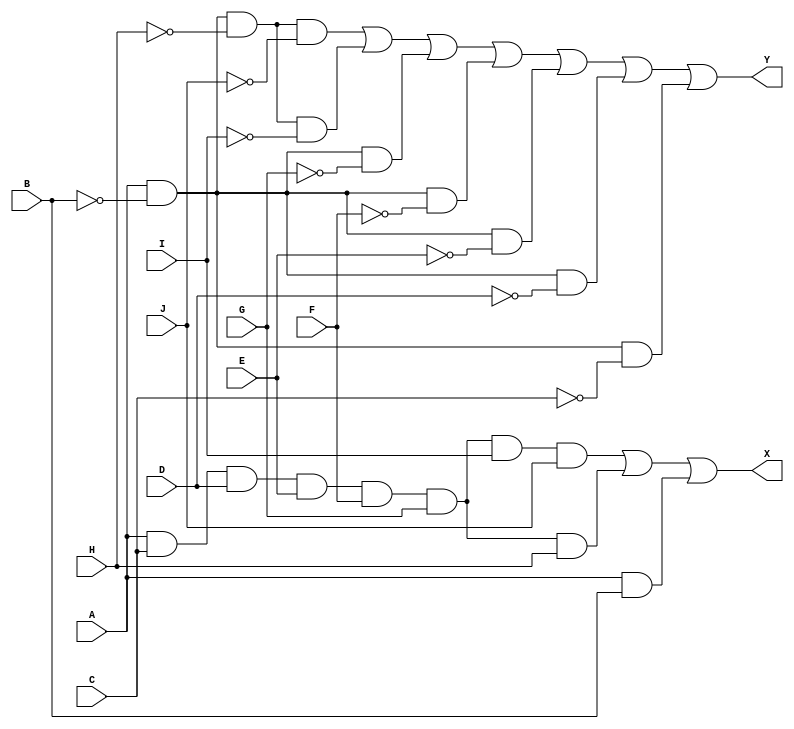
/*
 * Generated by Digital. Don't modify this file!
 * Any changes will be lost if this file is regenerated.
 */

module Compa (
  input A,
  input B,
  input C,
  input D,
  input E,
  input F,
  input G,
  input H,
  input I,
  input J,
  output Y,
  output X
);
  assign Y = ((A & ~ B & ~ H & ~ J) | (A & ~ B & ~ H & ~ I) | (A & ~ B & ~ G) | (A & ~ B & ~ F) | (A & ~ B & ~ E) | (A & ~ B & ~ D) | (A & ~ B & ~ C));
  assign X = ((A & C & D & E & F & G & I & J) | (A & C & D & E & F & G & H) | (A & B));
endmodule